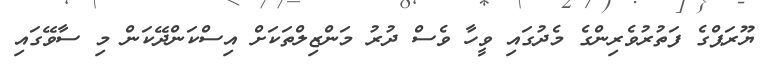
ޔޫރަޕްގެ ފަތުރުވެރިންގެ މެދުގައި ވީހާ ވެސް ދުރު މަންޒިލްތަކަށް އިސްކަންދޭކަން މި ސާވޭގައި